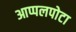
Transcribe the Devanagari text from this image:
आप्पलपोटा